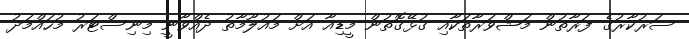
ސަރުކާރުގެ ފަރާތުން މަޝްވަރާތަކާއި ގުޅޭގޮތުން މީޑިއާ އަށް މައުލޫމާތު ދެއްވާނީ މިނިސްޓަރު މުހައްމަދު